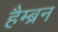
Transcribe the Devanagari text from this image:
हैम्ब्रन